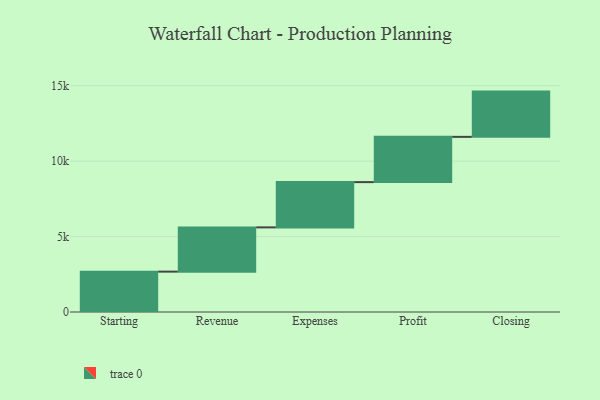
{"axis": {"x": "Step", "y": "Value"}, "legend": [""], "data": [{"x": "Starting", "y": 2676.0, "type": ""}, {"x": "Revenue", "y": 2933.0, "type": ""}, {"x": "Expenses", "y": 3000, "type": ""}, {"x": "Profit", "y": 3000, "type": ""}, {"x": "Closing", "y": 3000, "type": ""}]}